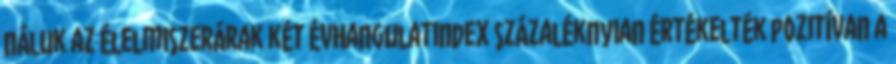
náluk az élelmiszerárak két évHangulatindex százaléknyian értékelték pozitívan a